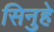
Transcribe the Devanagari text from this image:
सिनुहे